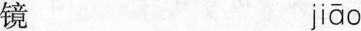
镜 jiāo